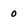
Character: 0